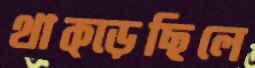
থাক্‌ড়েছিলে